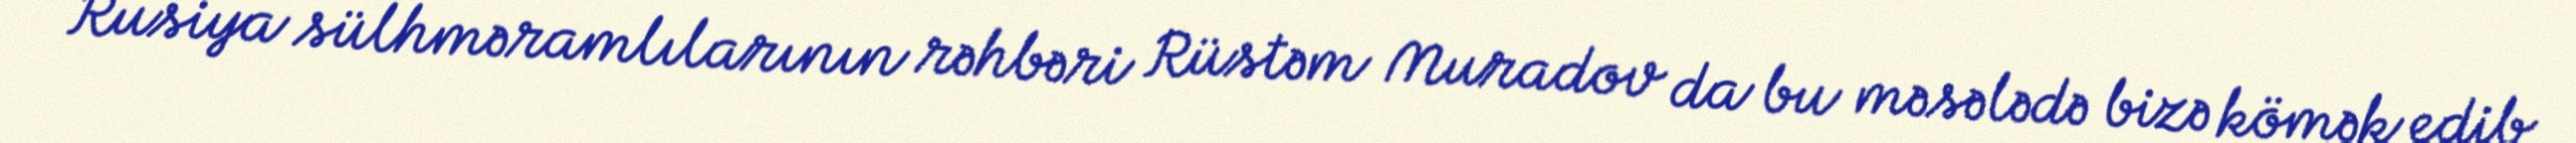
Rusiya sülhməramlılarının rəhbəri Rüstəm Muradov da bu məsələdə bizə kömək edib